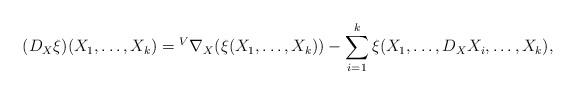
LaTeX: \begin{align*} (D_X\xi)(X_1,\ldots,X_k)={}^{V}\nabla_X(\xi(X_1,\ldots,X_k))-\sum_{i=1}^k\xi(X_1,\ldots,D_XX_i,\ldots,X_k), \end{align*}